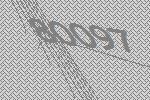
80097